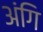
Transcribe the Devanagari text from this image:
अंगि